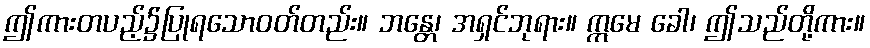
ဤကားတပည့်၌ပြုရသောဝတ်တည်း။ ဘန္တေ၊ အရှင်ဘုရား။ ဣမေ ခေါ၊ ဤသည်တို့ကား။